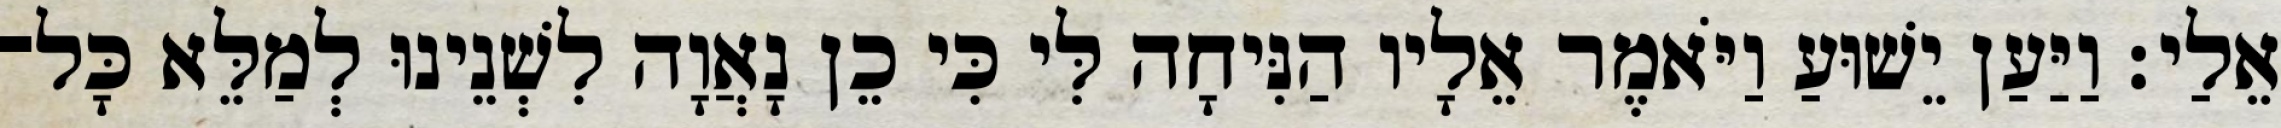
אֵלַי׃ וַיַּעַן יֵשׁוּעַ וַיֹּאמֶר אֵלָיו הַנִּיחָה לִּי כִּי כֵן נָאֲוָה לִשְׁנֵינוּ לְמַלֵּא כָּל־